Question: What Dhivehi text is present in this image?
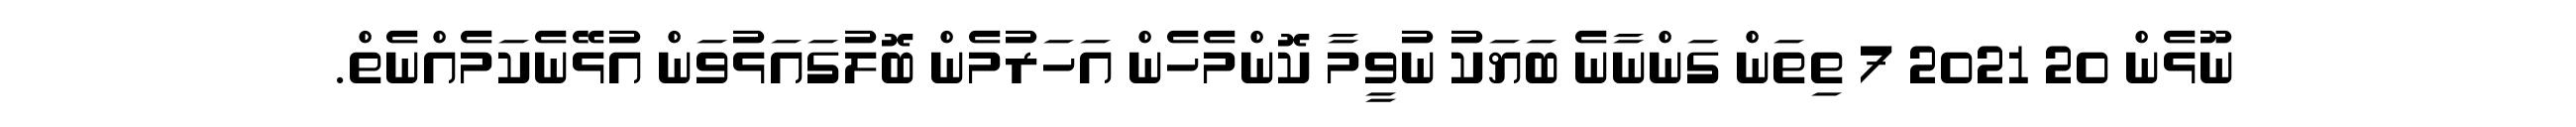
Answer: ނޫޅެން 20 2021 7 ތިތަން ގަންނާނެ ބަޔަކު ނުވީމާ ކޮންމެހެން އަހަރުމެން ބޮލުގައަޅުވަން އުޅޭނެކަމެއްނެތް.